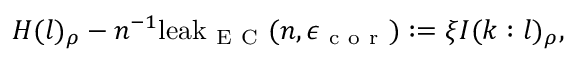
H ( l ) _ { \rho } - n ^ { - 1 } \mathrm { l e a k } _ { \mathrm { ~ E ~ C ~ } } ( n , \epsilon _ { \mathrm { ~ c ~ o ~ r ~ } } ) : = \xi I ( k : l ) _ { \rho } ,